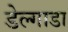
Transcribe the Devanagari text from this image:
डेल्गाडा